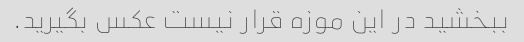
ببخشید در این موزه قرار نیست عکس بگیرید.